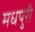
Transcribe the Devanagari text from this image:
मधपुरी